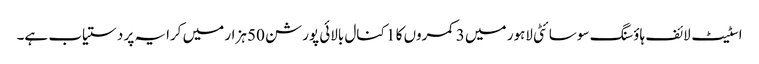
اسٹیٹ لائف ہاؤسنگ سوسائٹی لاہور میں 3 کمروں کا 1 کنال بالائی پورشن 50 ہزار میں کرایہ پر دستیاب ہے۔